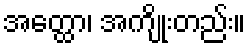
အတ္ထော၊ အကျိုးတည်း။